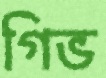
গিভ